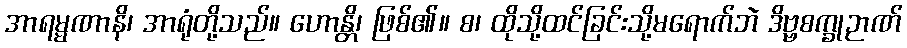
အာရမ္မဏာနိ၊ အာရုံတို့သည်။ ဟောန္တိ၊ ဖြစ်၏။ စ၊ ထိုသို့ထင်ခြင်းသို့မရောက်ဘဲ ဒိဗ္ဗစက္ခုဉာဏ်